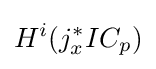
H^{i}(j_{x}^{*}IC_{p})